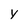
Character: y